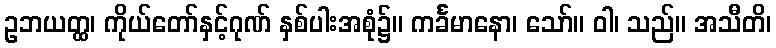
ဥဘယတ္ထ၊ ကိုယ်တော်နှင့်ဂုဏ် နှစ်ပါးအစုံ၌။ ကင်္ခမာနော၊ သော်။ ဝါ၊ သည်။ အသီတိ၊